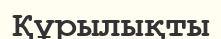
Құрылықты